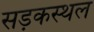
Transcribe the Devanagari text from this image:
सड़कस्थल